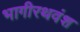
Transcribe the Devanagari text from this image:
भागीरथवंश